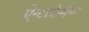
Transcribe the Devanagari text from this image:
ऐन्टरटेन्मैन्ट